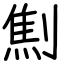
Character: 劁